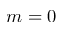
m = 0